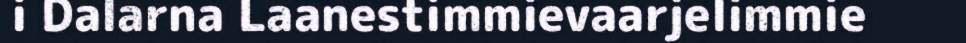
i Dalarna Laanestimmievaarjelimmie